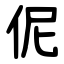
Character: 伲